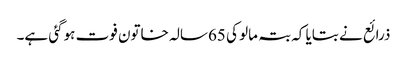
ذرائع نے بتایا کہ بتہ مالو کی 65سالہ خاتون فوت ہوگئی ہے۔